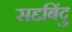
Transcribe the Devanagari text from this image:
सद्दबिंदु